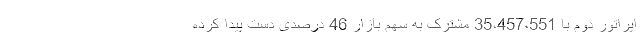
اپراتور دوم با 35،457،551 مشترک به سهم بازار 46 درصدی دست پیدا کرده